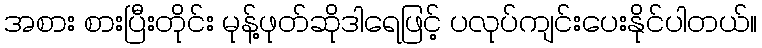
အစား စားပြီးတိုင်း မုန့်ဖုတ်ဆိုဒါရေဖြင့် ပလုပ်ကျင်းပေးနိုင်ပါတယ်။